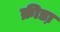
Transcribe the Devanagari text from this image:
क्रीडा़